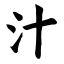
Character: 汁